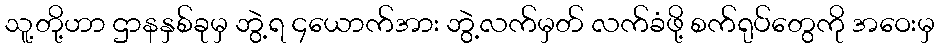
သူ့တို့ဟာ ဌာနနှစ်ခုမှ ဘွဲ့ရ ၄ယောက်အား ဘွဲ့လက်မှတ် လက်ခံဖို့ စက်ရုပ်တွေကို အဝေးမှ